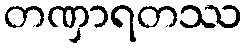
တဏှာရတဿ